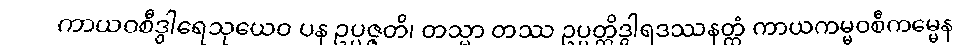
ကာယဝစီဒွါရေသုယေဝ ပန ဥပ္ပဇ္ဇတိ၊ တသ္မာ တဿ ဥပ္ပတ္တိဒွါရဒဿနတ္ထံ ကာယကမ္မဝစီကမ္မေန